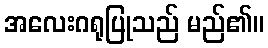
အလေးဂရုပြုသည် မည်၏။